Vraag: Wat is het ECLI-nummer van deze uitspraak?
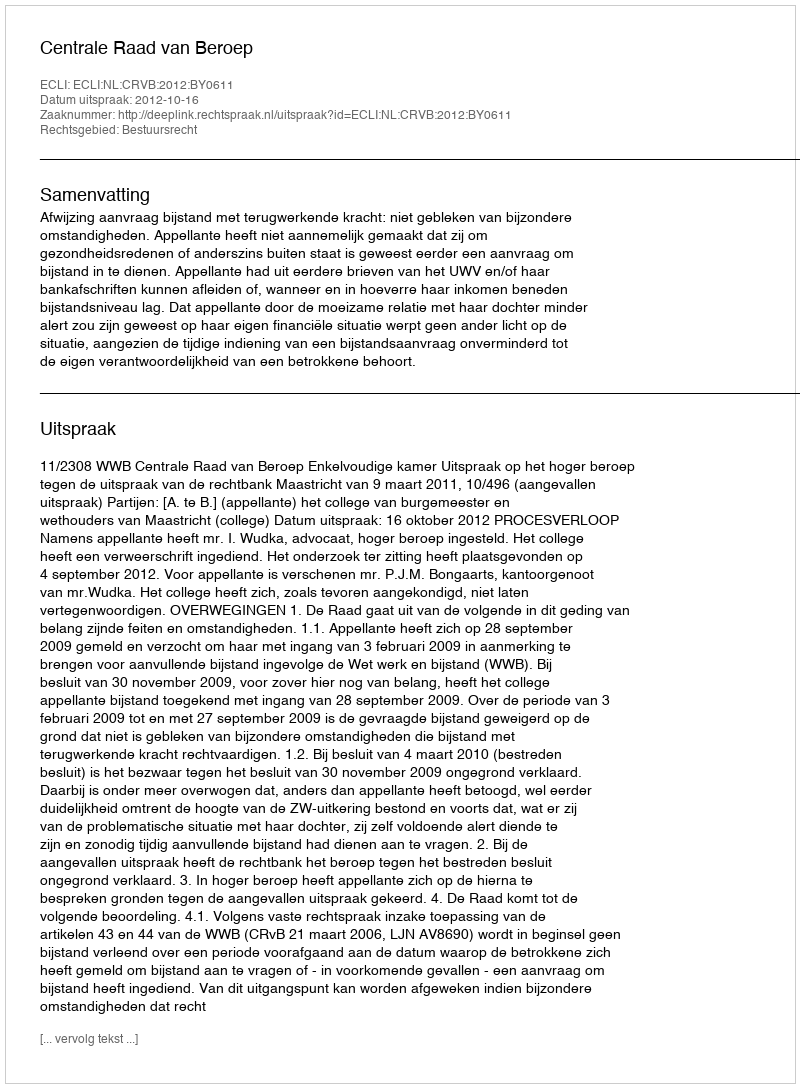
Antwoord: ECLI:NL:CRVB:2012:BY0611